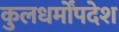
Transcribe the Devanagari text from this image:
कुलधर्मोंपदेश